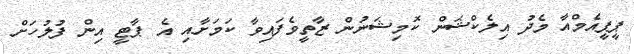
ޕީޕީއެމްއާ މެދު އިލެކްޝަން ކޮމިޝަނުން ޒާތީވެފައިވާ ކަމަށާއި އެ ޕާޓީ އިން ފުލުހަށް